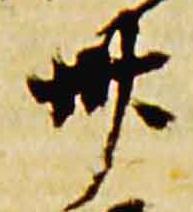
卅